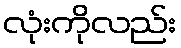
လုံးကိုလည်း